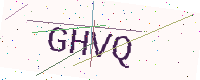
Text: GHVQ